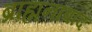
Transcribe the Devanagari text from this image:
ब्राह्मनाबाद